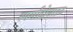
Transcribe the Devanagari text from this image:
स्पर्माटोसाइट